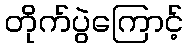
တိုက်ပွဲကြောင့်